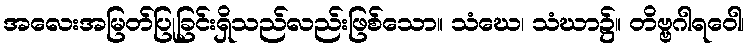
အလေးအမြတ်ပြုခြင်းရှိသည်လည်းဖြစ်သော။ သံဃေ၊ သံဃာ၌။ တိဗ္ဗဂါရဝေါ၊